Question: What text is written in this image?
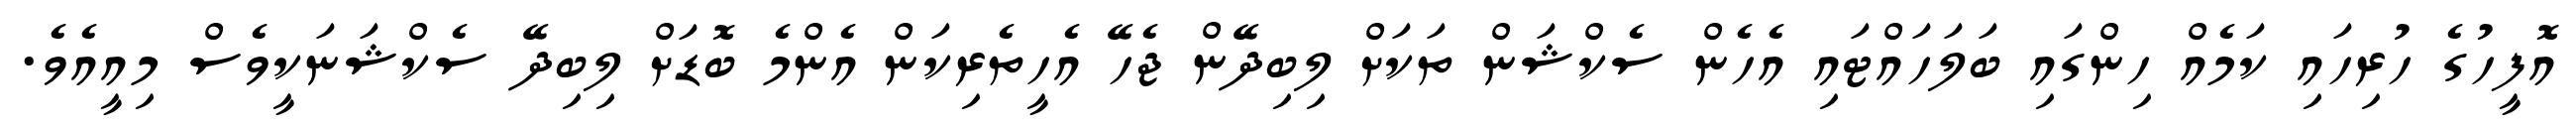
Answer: އޮފީހުގެ ހުރިހައި ކަމެއް ހިންގައި ބަލަހައްޓައި އެހެން ސެކްޝަން ތަކަށް ލިބިދޭން ޖެހޭ އެހީތެރިކަން އެންމެ ބޮޑަށް ލިބިދޭ ސެކްޝަނަކީވެސް މިއީއެވެ.